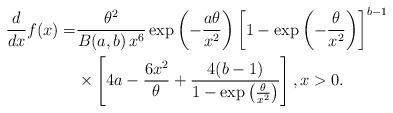
LaTeX: \begin{align*}\frac{d}{dx}f(x) =&\frac{\theta^{2}}{B(a,b)\,x^6}\exp\left(-\frac{a\theta}{x^2}\right)\left[1-\exp\left(-\frac{\theta}{x^2}\right)\right]^{b-1}\\&\times\left[4a-\frac{6x^2}{\theta}+\frac{4(b-1)}{1-\exp\left(\frac{\theta}{x^2}\right)}\right],x>0.\end{align*}